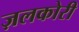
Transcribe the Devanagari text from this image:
ज़लकोरी